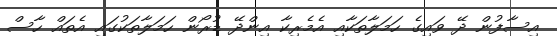
އިސާފުން ދޭ ވައިގެ ހަމަލާތަކާއި އެމެރިކާ އިންދޭ ޑުރޯން ހަމަލާތަކުގައި އެތައް ހާސް